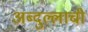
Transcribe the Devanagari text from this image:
अब्दुल्लाची